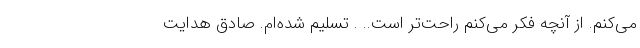
می‌کنم. از آنچه فکر می‌کنم راحت‌تر است.. . تسلیم شده‌ام. صادق هدایت